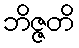
ဘိဇ္ဇတိ